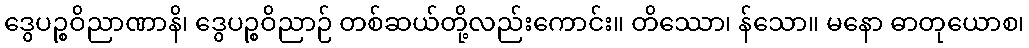
ဒွေပဉ္စဝိညာဏာနိ၊ ဒွေပဉ္စဝိညာဉ် တစ်ဆယ်တို့လည်းကောင်း။ တိဿော၊ န်သော။ မနော ဓာတုယောစ၊